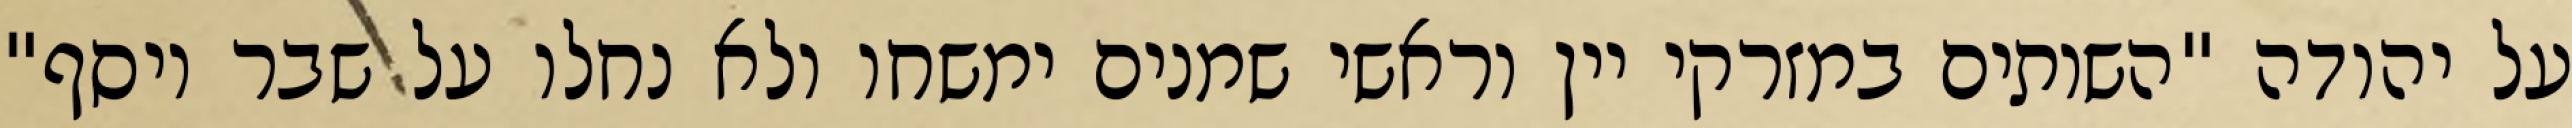
על יהודה "השותים במזרקי יין וראשי‏ שמנים ימשחו ולא נחלו על שבר יוסף"